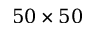
5 0 \times 5 0